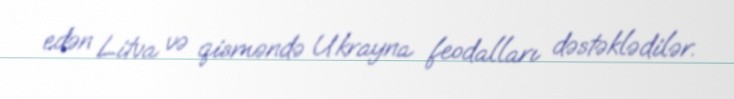
edən Litva və qisməndə Ukrayna feodalları dəstəklədilər.